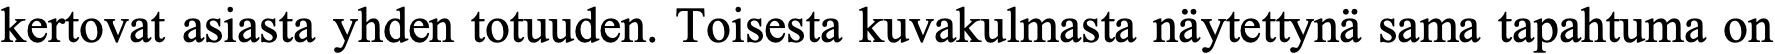
kertovat asiasta yhden totuuden. Toisesta kuvakulmasta näytettynä sama tapahtuma on